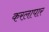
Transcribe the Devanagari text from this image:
करलापार